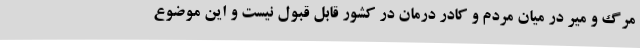
مرگ و میر در میان مردم و کادر درمان در کشور قابل قبول نیست و این موضوع